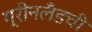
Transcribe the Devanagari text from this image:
ग्रीनलँडची